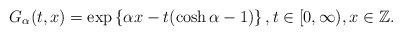
LaTeX: \begin{align*} G_{\alpha}(t, x) = \exp \left\{ \alpha x - t( \cosh \alpha -1 ) \right\}, t \in [0, \infty), x \in \mathbb{Z}. \end{align*}